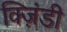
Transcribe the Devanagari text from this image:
क्ज़िंडी